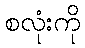
စလုံးကို